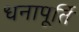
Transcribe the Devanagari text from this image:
धनापूर्ति